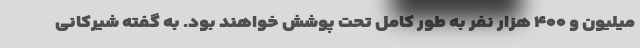
میلیون و ۴۰۰ هزار نفر به طور کامل تحت پوشش خواهند بود. به گفته شیرکانی